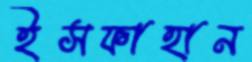
ইসফাহান